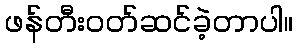
ဖန်တီးဝတ်ဆင်ခဲ့တာပါ။